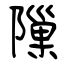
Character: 隟